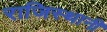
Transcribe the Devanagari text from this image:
राजिस्थानी